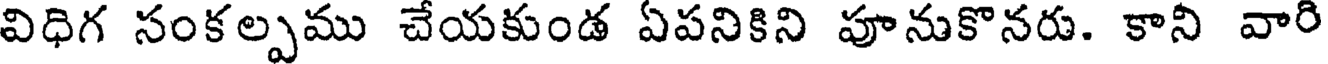
విధిగ సంకల్పము చేయకుండ ఏపనికిని పూనుకొనరు. కాని వారి